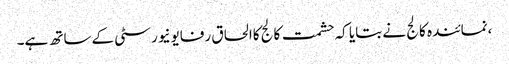
،نمائندہ کالج نے بتایا کہ حشمت کالج کاالحاق رفایونیورسٹی کےساتھ ہے۔